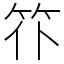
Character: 䇚